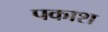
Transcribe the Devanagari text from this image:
पकाश